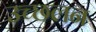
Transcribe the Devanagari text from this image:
उच्छलन